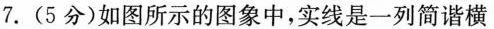
7.(5分)如图所示的图象中，实线是一列简谐横